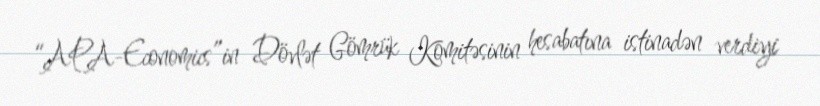
“APA-Economics”in Dövlət Gömrük Komitəsinin hesabatına istinadən verdiyi